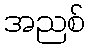
အညစ်